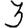
Digit: 3